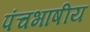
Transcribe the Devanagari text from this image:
पंचभाषीय